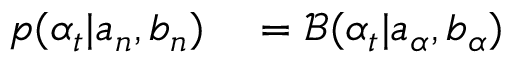
\begin{array} { r l } { p ( \alpha _ { t } | a _ { n } , b _ { n } ) } & { { } = \mathcal { B } ( \alpha _ { t } | a _ { \alpha } , b _ { \alpha } ) } \end{array}